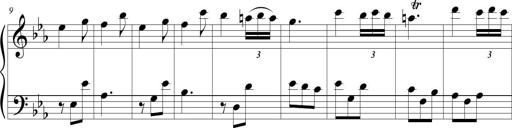
Title: Tiny Tina
Composer: Michel Rondeau
Key: E-flat major